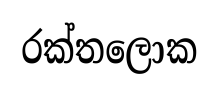
රක්තලොක